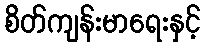
စိတ်ကျန်းမာရေးနှင့်